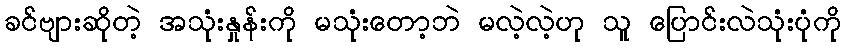
ခင်ဗျားဆိုတဲ့ အသုံးနှုန်းကို မသုံးတော့ဘဲ မလဲ့လဲ့ဟု သူ ပြောင်းလဲသုံးပုံကို